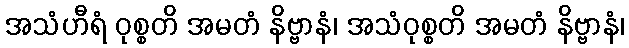
အသံဟီရံ ဝုစ္စတိ အမတံ နိဗ္ဗာနံ၊ အသံဝုစ္စတိ အမတံ နိဗ္ဗာနံ၊